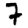
Digit: 7